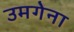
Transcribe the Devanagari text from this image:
उमगेना